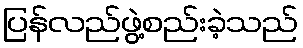
ပြန်လည်ဖွဲ့စည်းခဲ့သည်